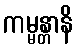
ကမ္မန္တာနိ